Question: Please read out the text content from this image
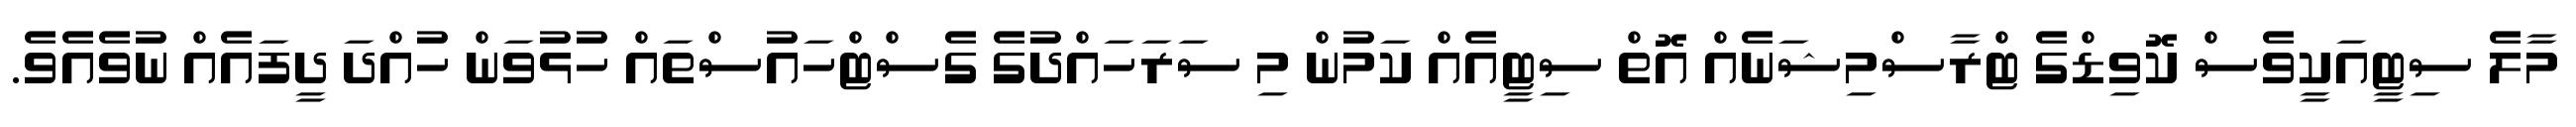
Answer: މާލެ ސިޓީއަކީވެސް ކޮވިޑްގެ ޓްރާސްމިޝަނެއް އޮތް ސިޓީއެއް ކަމުން މި ސަރަހައްދުގެ ގެސްޓްހައުސްތައް ހުޅުވަން ހުއްދަ ދީފައެއް ނުވެއެވެ.